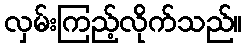
လှမ်းကြည့်လိုက်သည်။